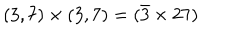
( 3 , 7 ) \times ( 3 , 7 ) = ( \bar { 3 } \times 2 7 )